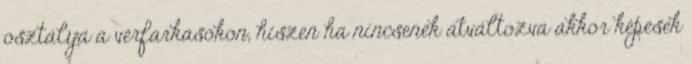
osztálya a vérfarkasokon, hiszen ha nincsenek átváltozva akkor képesek